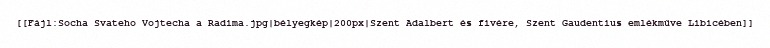
[[Fájl:Socha Svateho Vojtecha a Radima.jpg|bélyegkép|200px|Szent Adalbert és fivére, Szent Gaudentius emlékműve Libicében]]